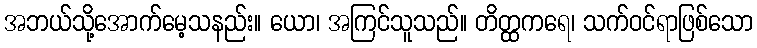
အဘယ်သို့အောက်မေ့သနည်း။ ယော၊ အကြင်သူသည်။ တိတ္ထကရေ၊ သက်ဝင်ရာဖြစ်သော